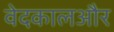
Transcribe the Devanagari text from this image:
वेदकालऔर